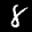
Label: 8